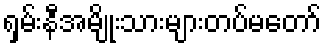
ရှမ်းနီအမျိုးသားများတပ်မတော်